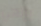
يإلهي